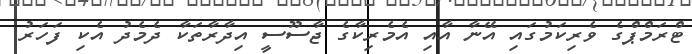
ޓްރަމްޕްގެ ވެރިކަމުގައި އޭނާ އާއި އެމެރިކާގެ ޖާސޫސީ އިދާރާތަކާ ދެމެދު އެކި ފަހަރު